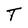
Character: T